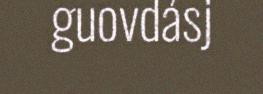
guovdásj